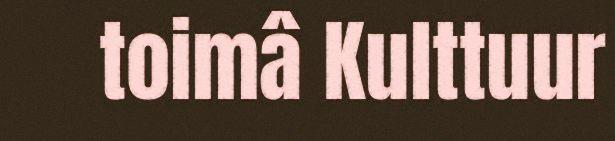
toimâ Kulttuur